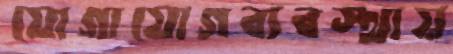
যোগাযোগব্যবস্থায়